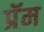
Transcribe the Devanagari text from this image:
प्रॅम